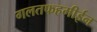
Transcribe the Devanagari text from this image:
गलतफहमीईन